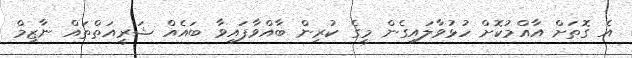
އެ ގޮތަށް އާއްމުކޮށް ހުޅުވާލައިގެން މީގެ ކުރިން ބާއްވާފައިވާ ބައެއް ޝަރީއަތްތައް ނާޒިމް